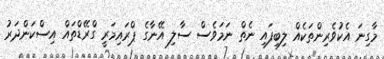
މާގިނަ އެކުވެރިންތަކެއް ލިބިފައި ނެތް ނަމަވެސް ސާލި އޭނާގެ ޕްރައިމަރީ ގްރޭޑްތައް އިސްކަންދަރު